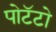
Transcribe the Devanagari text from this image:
पोटॅटो